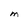
Character: M